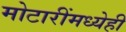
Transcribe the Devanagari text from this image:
मोटारींमध्येही